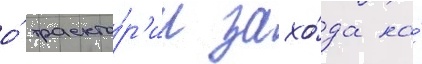
о́ траекто́р'ии захо́да на́